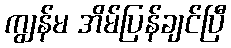
ကျွန်မ အိမ်ပြန်ချင်ပြီ